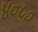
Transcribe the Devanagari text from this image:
४०५२